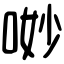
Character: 𠴕